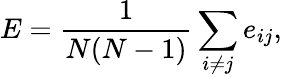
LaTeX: E=\frac 1{N(N-1)}\sum_{i\neq j}e_{ij},